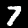
Digit: 7